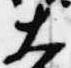
大